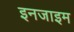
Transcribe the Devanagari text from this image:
इनजाइम